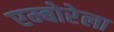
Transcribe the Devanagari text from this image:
एम्बोरेला